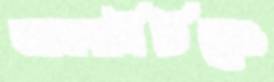
আমদানিচিত্রেও